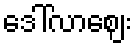
ဒေါ်လာဈေး